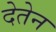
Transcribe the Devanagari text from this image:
देतेन